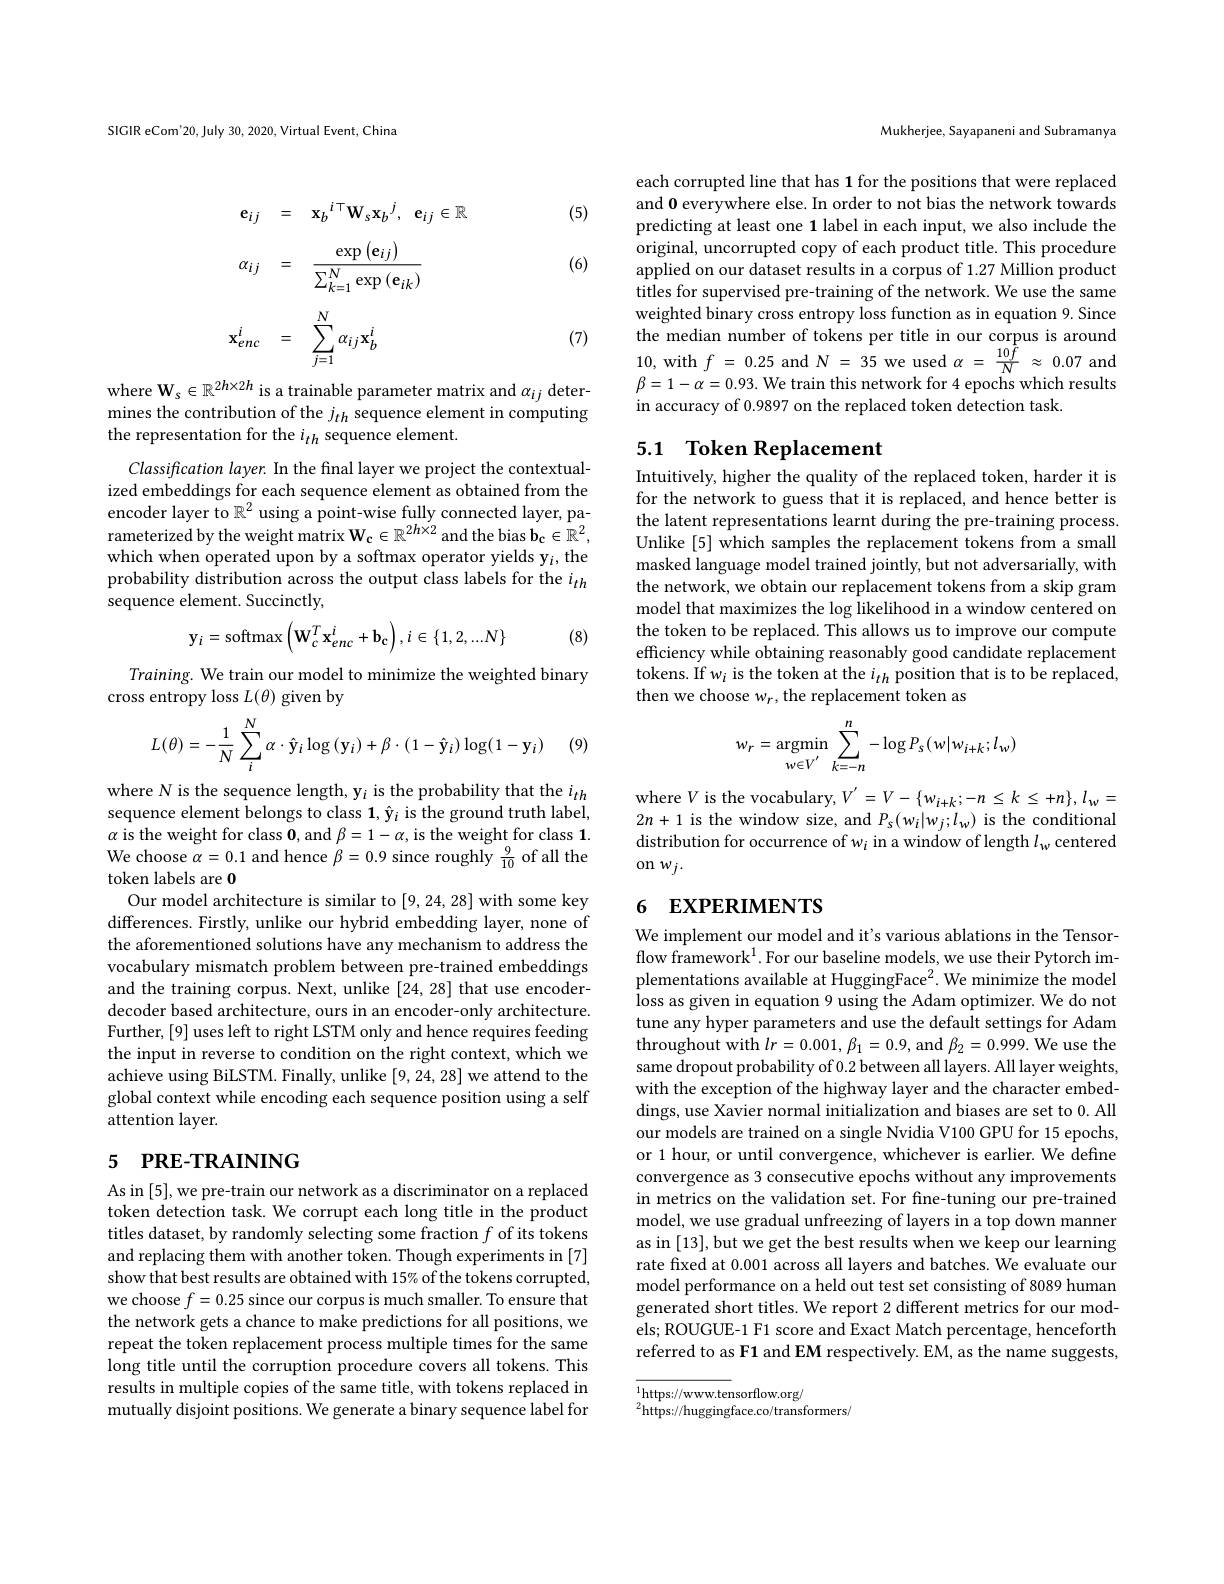
SIGIR eCom'20, July 30, 2020, Virtual Event, China

(5)

(6)
$$\begin{aligned}&\mathbf{e}_{ij}&&=\quad\mathbf{x}_{b}{}^{i\top}\mathbf{W}_{s}\mathbf{x}_{b}{}^{j},\quad\mathbf{e}_{ij}\in\mathbb{R}\\&\alpha_{ij}&&=\quad\frac{\exp\left(\mathbf{e}_{ij}\right)}{\sum_{k=1}^{N}\exp\left(\mathbf{e}_{ik}\right)}\\&\mathbf{x}_{enc}^{i}&&=\quad\sum_{j=1}^{N}\alpha_{ij}\mathbf{x}_{b}^{i}\\\end{aligned}$$
(7)

$\mathrm{where~W}_{s}\in \mathbb{R} ^{2h\times 2h}$ is a trainable parameter matrix and $\alpha _{ij}$ deter- mines the contribution of the $j_{th}$ sequence element in computing
the representation for the $i_{th}$ sequence element.

Classification layer. In the final layer we project the contextualized embeddings for each sequence element as obtained from the encoder layer to $\mathbb{R}^2$ using a point-wise fully connected layer, parameterized by the weight matrix $\mathbf{W_c\in\mathbb{R}^{2h\times2}}$ and the bias $\mathbf{b_c\in\mathbb{R}^2,}$ which when operated upon by a softmax operator yields y$_i$, the probability distribution across the output class labels for the $i_{th}$ sequence element. Succinctly
$$\mathbf{y}_{i}=\mathrm{softmax}\left(\mathbf{W}_{c}^{T}\mathbf{x}_{enc}^{i}+\mathbf{b}_{\mathbf{c}}\right),i\in\{1,2,...N\}$$
(8)

Training. We train our model to minimize the weighted binary
cross entropy loss $L(\theta)$ given by
$$L(\theta)=-\frac{1}{N}\sum_{i}^{N}\alpha\cdot\hat{\mathbf{y}}_{i}\log{(\mathbf{y}_{i})}+\beta\cdot(1-\hat{\mathbf{y}}_{i})\log(1-\mathbf{y}_{i})$$
(9)

where N is the sequence length, y$_i$ is the probability that the $i_th$ sequence element belongs to class 1, $\hat{\mathbf{y}}_i$ is the ground truth label, $\alpha$ is the weight for class 0, and $\beta=1-\alpha$, is the weight for class 1. We choose $\alpha=0.1$ and hence $\beta=0.9$ since roughly $\frac{9}{10}$ of all the token labels are 0
Our model architecture is similar to [9,24,28] with some key differences. Firstly, unlike our hybrid embedding layer, none of the aforementioned solutions have any mechanism to address the vocabulary mismatch problem between pre-trained embeddings and the training corpus. Next, unlike [24,28] that use encoderdecoder based architecture, ours in an encoder-only architecture. Further, [9] uses left to right LSTM only and hence requires feeding the input in reverse to condition on the right context, which we achieve using BiLSTM. Finally, unlike [9,24,28] we attend to the global context while encoding each sequence position using a self attention layer.

# 5 PRE-TRAINING

As in [5],we pre-train our network as a discriminator on a replaced token detection task. We corrupt each long title in the product titles dataset, by randomly selecting some fraction $f$ of its tokens and replacing them with another token. Though experiments in [7] show that best results are obtained with 15% of the tokens corrupted, we choose $f=0.25$ since our corpus is much smaller. To ensure that the network gets a chance to make predictions for all positions, we repeat the token replacement process multiple times for the same long title until the corruption procedure covers all tokens. This results in multiple copies of the same title, with tokens replaced in mutually disjoint positions. We generate a binary sequence label for

Mukherjee, Sayapaneni and Subramanya

each corrupted line that has 1 for the positions that were replaced and 0 everywhere else. In order to not bias the network towards predicting at least one 1 label in each input, we also include the original, uncorrupted copy of each product title. This procedure applied on our dataset results in a corpus of 1.27 Million product titles for supervised pre-training of the network. We use the same weighted binary cross entropy loss function as in equation 9. Since the median number of tokens per title in our corpus is around 10,with$f$ = 0.25and$N$ = 35we used$\alpha$ = $\frac {10\bar{f} }N$ $\approx$ 0.07and $\beta=1-\alpha=0.93.$ We train this network for 4 epochs which results in accuracy of 0.9897 on the replaced token detection task.

## 5.1 Token Replacement

Intuitively, higher the quality of the replaced token, harder it is for the network to guess that it is replaced, and hence better is the latent representations learnt during the pre-training process. Unlike [5] which samples the replacement tokens from a small masked language model trained jointly, but not adversarially, with the network, we obtain our replacement tokens from a skip gram model that maximizes the log likelihood in a window centered on the token to be replaced. This allows us to improve our compute efficiency while obtaining reasonably good candidate replacement tokens. If $w_i$ is the token at the $i_th$ position that is to be replaced, then we choose $w_r$,the replacement token as
$$w_{r}=\underset{w\in V^{'}}{\mathrm{argmin}}\sum_{k=-n}^{n}-\log P_{s}(w|w_{i+k};l_{w})$$
where $V$ is the vocabulary, $V^{\prime}=V-\{w_{i+k};-n\leq k\leq+n\},l_{w}=$ $2n+1$ is the window size, and $P_s(w_i|w_j;l_w)$ is the conditional distribution for occurrence of $w_i$ in a window of length $l_w$ centered on $w_j.$

## 6 EXPERIMENTS

We implement our model and it's various ablations in the Tensorflow framework$^1.$ For our baseline models, we use their Pytorch implementations available at HuggingFace$^2.$ We minimize the model loss as given in equation 9 using the Adam optimizer. We do not tune any hyper parameters and use the default settings for Adam throughout with $lr=0.001,\beta_{1}=0.9$, and $\beta_{2}=0.999.$ We use the same dropout probability of 0.2 between all layers. All layer weights, with the exception of the highway layer and the character embeddings, use Xavier normal initialization and biases are set to 0. All our models are trained on a single Nvidia V100 GPU for 15 epochs, or 1 hour, or until convergence, whichever is earlier. We define convergence as 3 consecutive epochs without any improvements in metrics on the validation set. For fne-tuning our pre-trained model, we use gradual unfreezing of layers in a top down manner as in [13], but we get the best results when we keep our learning rate fixed at 0.001 across all layers and batches. We evaluate our model performance on a held out test set consisting of 8089 human $\hat{\text{generated short titles. We report 2 different metrics for our mod-}}$ els; ROUGUE-1 F1 score and Exact Match percentage, henceforth referred to as F1 and EM respectively. EM, as the name suggests,

$^{1}$https://www.tensorflow.org/
$^2\hat{\mathrm{https://huggingface.co/transformers/}}$